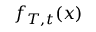
f _ { T , t } ( x )